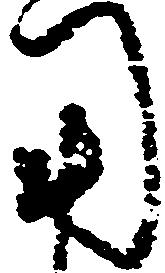
用